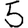
Digit: 5